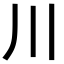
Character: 川